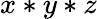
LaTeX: x*y*z